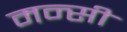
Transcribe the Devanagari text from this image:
मन्सी